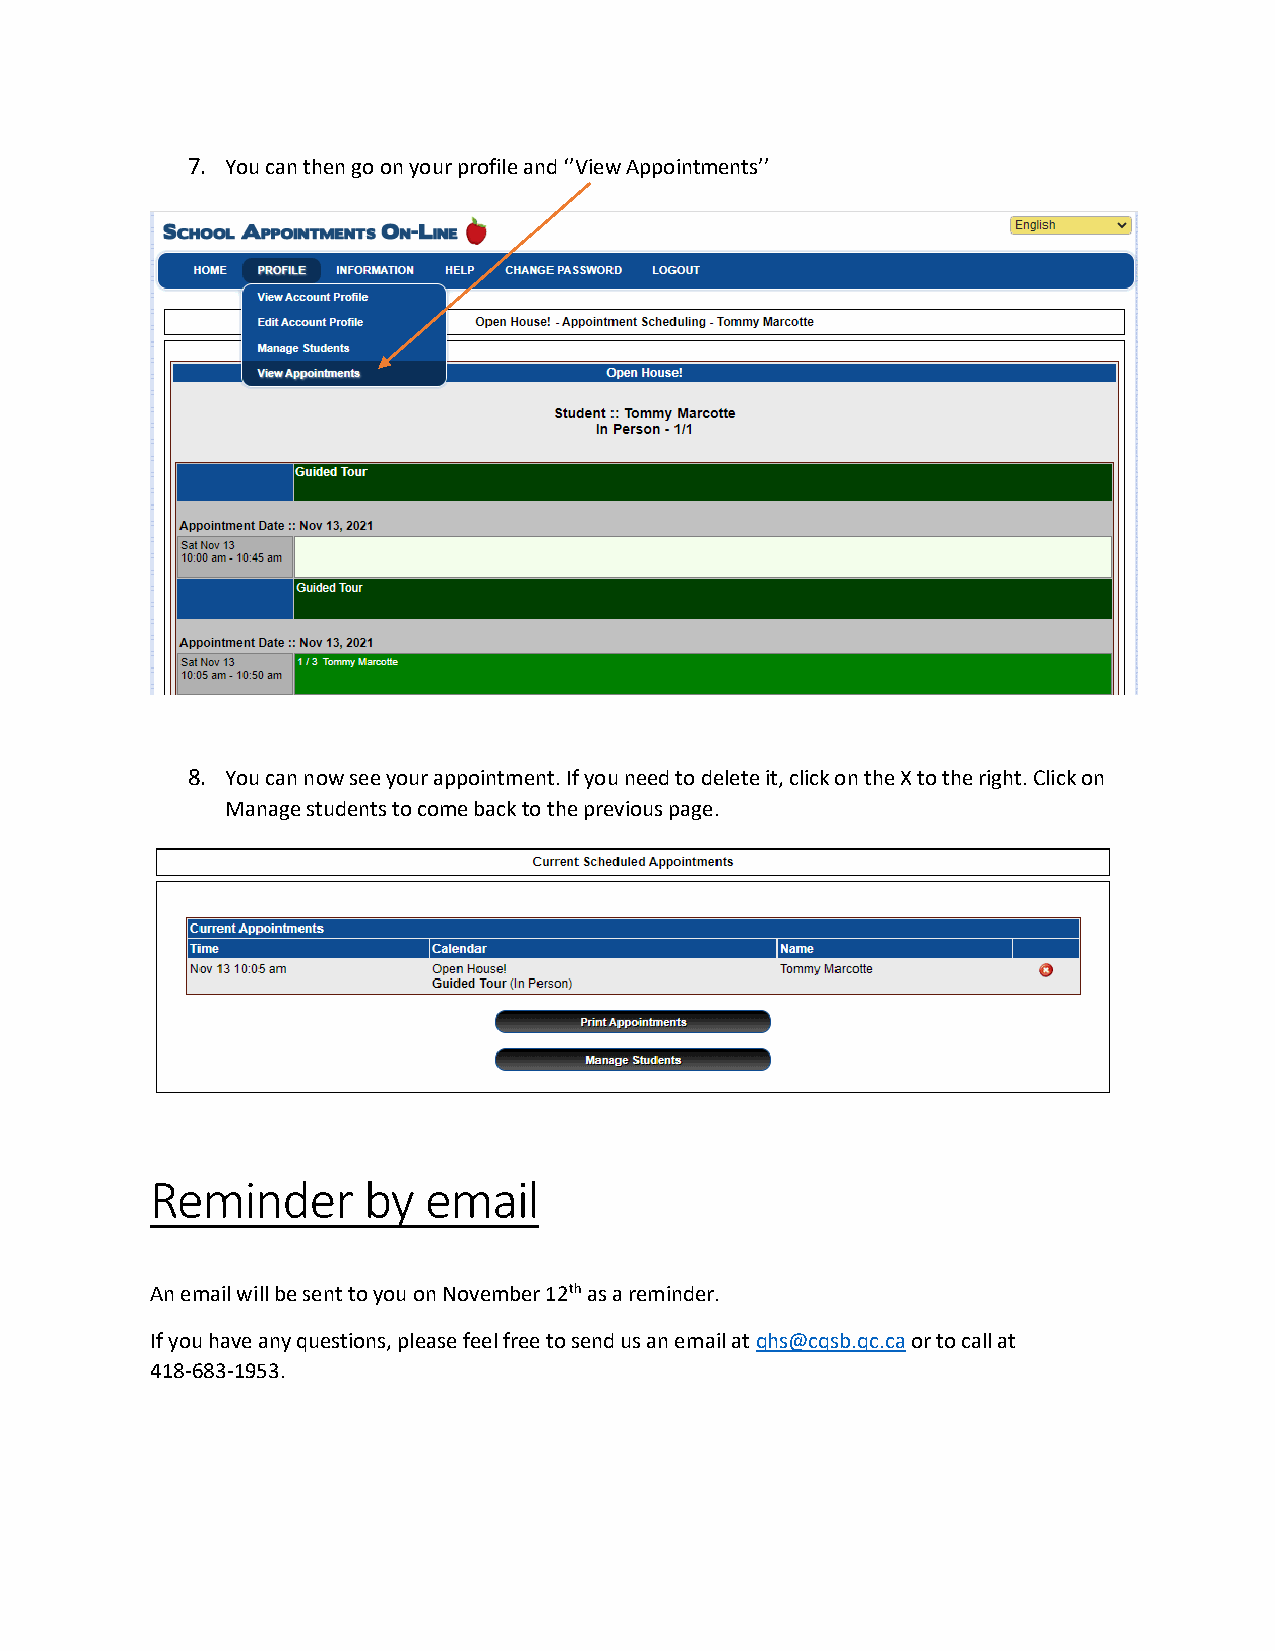
7. You can then go on your profile and ‘’View Appointments’’
 8. You can now see your appointment. If you need to delete it, click on the X to the right. Click on
 Manage students to come back to the previous page.
 Reminder      by  email
 An email will be sent to you on November 12th as a reminder.
 If you have any questions, please feel free to send us an email at qhs@cqsb.qc.ca or to call at
 418-683-1953.